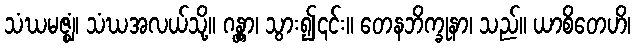
သံဃမဇ္ဈံ၊ သံဃအလယ်သို့။ ဂန္တွာ၊ သွား၍၎င်း။ တေနဘိက္ခုနာ၊ သည်။ ယာစိတေဟိ၊